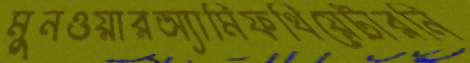
মুনওয়ারঅ্যামিফথিয়েটারনি